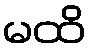
မထိ